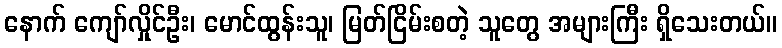
နောက် ကျော်လှိုင်ဦး၊ မောင်ထွန်းသူ၊ မြတ်ငြိမ်းစတဲ့ သူတွေ အများကြီး ရှိသေးတယ်။